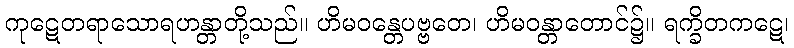
ကုဋေတရာသောရဟန္တာတို့သည်။ ဟိမဝန္တေပဗ္ဗတေ၊ ဟိမဝန္တာတောင်၌။ ရက္ခိတကဋေ၊